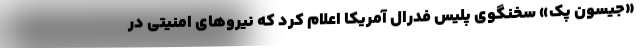
«جیسون پک» سخنگوی پلیس فدرال آمریکا اعلام کرد که نیروهای امنیتی در